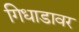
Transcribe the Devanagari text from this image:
गिधाडावर